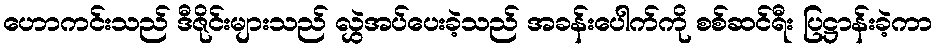
ဟောကင်းသည် ဒီဇိုင်းများသည် လွှဲအပ်ပေးခဲ့သည် အခန်းပေါက်ကို စစ်ဆင်ရီး ပြဋ္ဌာန်းခဲ့ကာ